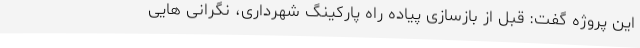
این پروژه گفت: قبل از بازسازی پیاده راه پارکینگ شهرداری، نگرانی هایی